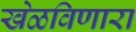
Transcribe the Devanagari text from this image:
खेळविणारा